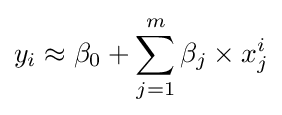
y_{i}\approx \beta _{0}+\sum _{j=1}^{m}\beta _{j}\times x_{j}^{i}